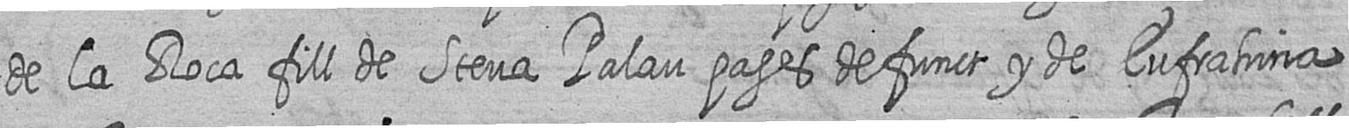
de la Roca fill de Steva Palau pages defunct y de Eufrahina